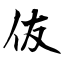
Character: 伖